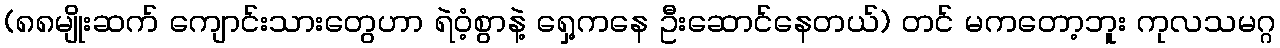
(၈၈မျိုးဆက် ကျောင်းသားတွေဟာ ရဲဝံ့စွာနဲ့ ရှေ့ကနေ ဦးဆောင်နေတယ်) တင် မကတော့ဘူး ကုလသမဂ္ဂ